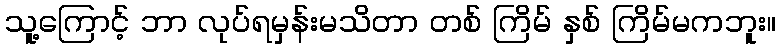
သူ့ကြောင့် ဘာ လုပ်ရမှန်းမသိတာ တစ် ကြိမ် နှစ် ကြိမ်မကဘူး။